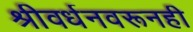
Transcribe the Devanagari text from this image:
श्रीवर्धनवरूनही